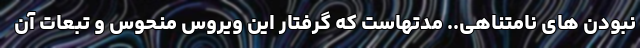
نبودن های نامتناهی.. مدتهاست که گرفتار این ویروس منحوس و تبعات آن